Scottish Leaving Certificate Examination, 1959
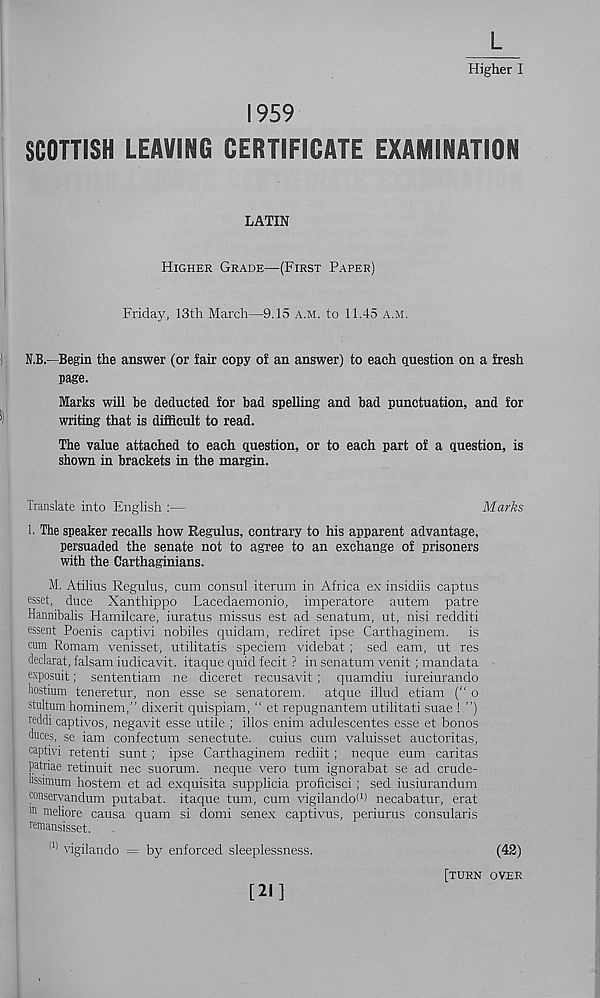
L
Higher I
1959
SCOTTISH LEAVING CERTIFICATE EXAMINATION
LATIN
Higher Grade—(First Paper)
Friday, 13th March—9.15 a.m. to 11.45 a.m.
) N.B.- Begin the answer (or fair copy of an answer) to each question on a fresh
page.
Marks will be deducted for bad spelling and bad punctuation, and for
^
writing that is difficult to read.
The value attached to each question, or to each part of a question, is
shown in brackets in the margin.
Translate into English :—
Marks
1. The speaker recalls how Regulus, contrary to his apparent advantage,
persuaded the senate not to agree to an exchange of prisoners
with the Carthaginians.
M. Atilius Regulus, cum consul iterum in Africa ex insidiis captus
esset, duce Xanthippe Lacedaemonio, imperatore autem patre
Haimibalis Hamilcare, iuratus missus est ad senatum, ut, nisi redditi
essent Poenis captivi nobiles quidam, rediret ipse Carthaginem. is
cum Romam venisset, utilitatis speciem videbat ; sed earn, ut res
declarat, falsam iudicavit. itaque quid fecit ? in senatum venit ; mandata
exposuit; sententiam ne diceret recusavit; quamdiu iureiurando
hostium teneretur, non esse se senatorem. atque illud etiam (“ o
stultum hominem,” dixerit quispiam, “ et repugnantem utilitati suae ! ”)
mddi captivos, negavit esse utile ; illos enim adulescentes esse et bonos
duces, se iam confectum senectute. cuius cum valuisset auctoritas,
captivi retenti sunt ; ipse Carthaginem rediit ; neque eum caritas
patriae retinuit nec suorum. neque vero turn ignorabat se ad crude-
lissimum hostem et ad exquisita supplicia proficisci; sed iusiurandum
conservandum putabat. itaque turn, cum vigilandoW necabatur, erat
m meliore causa quam si domi senex captivus, periurus consularis
remansisset.
(1) vigilando = by enforced sleeplessness.
[21]
(42)
[turn over